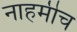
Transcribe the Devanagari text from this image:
नाहमीच